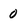
Character: 0